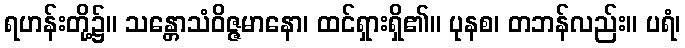
ရဟန်းတို့၌။ သန္တောသံဝိဇ္ဇမာနော၊ ထင်ရှားရှိ၏။ ပုနစ၊ တဘန်လည်း။ ပရံ၊